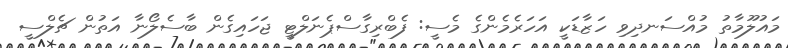
މައުލޫމާތު މުއްސަނދިވި ހަޒާޑަކީ އަހަރެމެންގެ މެސީ: ފެބްރިގާސްޕެނަލްޓީ ޖަހައިގެން ބާސެލޯނާ އަތުން ޗެލްސީ